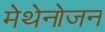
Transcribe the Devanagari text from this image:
मेथेनोजन